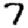
Digit: 7